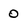
Character: 0